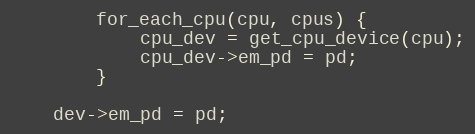
Language: C
		for_each_cpu(cpu, cpus) {
			cpu_dev = get_cpu_device(cpu);
			cpu_dev->em_pd = pd;
		}

	dev->em_pd = pd;